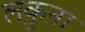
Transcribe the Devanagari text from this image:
लकुना